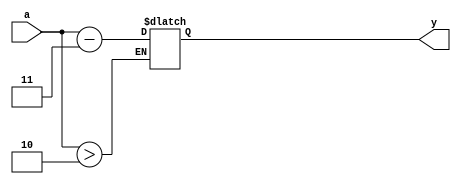
module excess3_bin(a,y);
  input [3:0]a;
    output reg [3:0]y;
	  always @(a) begin
		      if(a>2) begin
						y=a-3;
						    end
							  end
							  endmodule